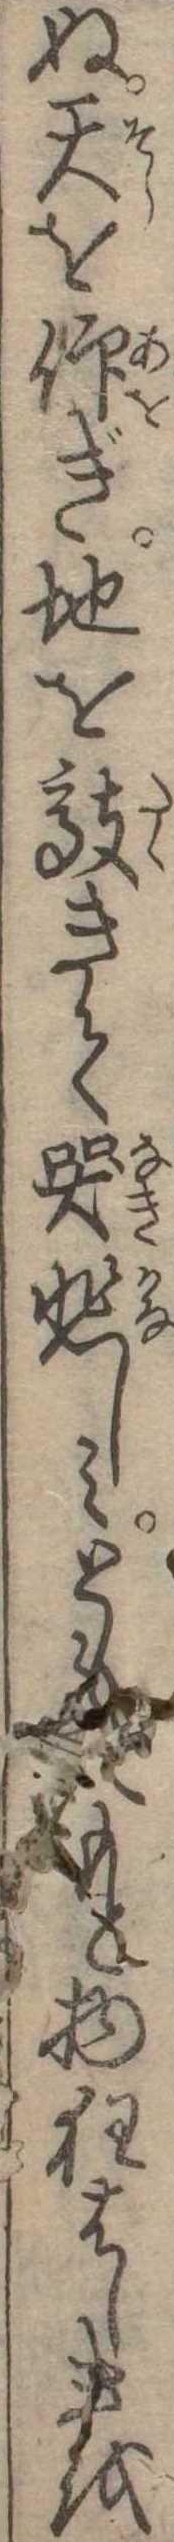
ぬ天を仰ぎ地を敲きて哭悲しみとももと物狂はしきを